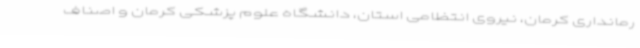
رمانداری کرمان، نیروی انتظامی استان، دانشگاه علوم پزشکی کرمان و اصناف